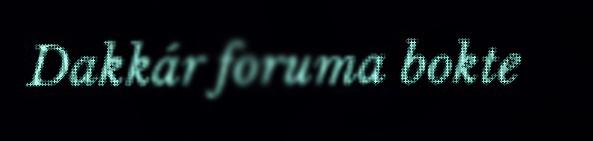
Dakkár foruma bokte